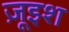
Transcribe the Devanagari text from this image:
ज़ूइश